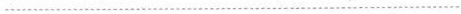
................................................................................